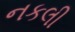
નકલી